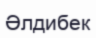
Әлдибек